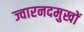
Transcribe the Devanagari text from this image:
ज्वारनदमुखों